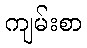
ကျမ်းစာ